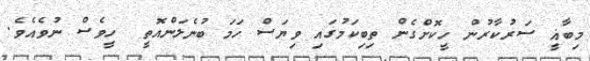
މިބާޣީ ސަރުކާރުން ހީކޮށްގެން ތިބިކަމުގައި ވިޔަސް ހަމަ ބުނެލަންއޮތީ  ހީވެސް ނުވެއެވެ.